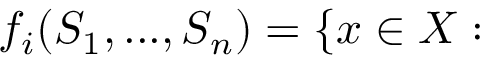
f _ { i } ( S _ { 1 } , . . . , S _ { n } ) = \{ x \in X :